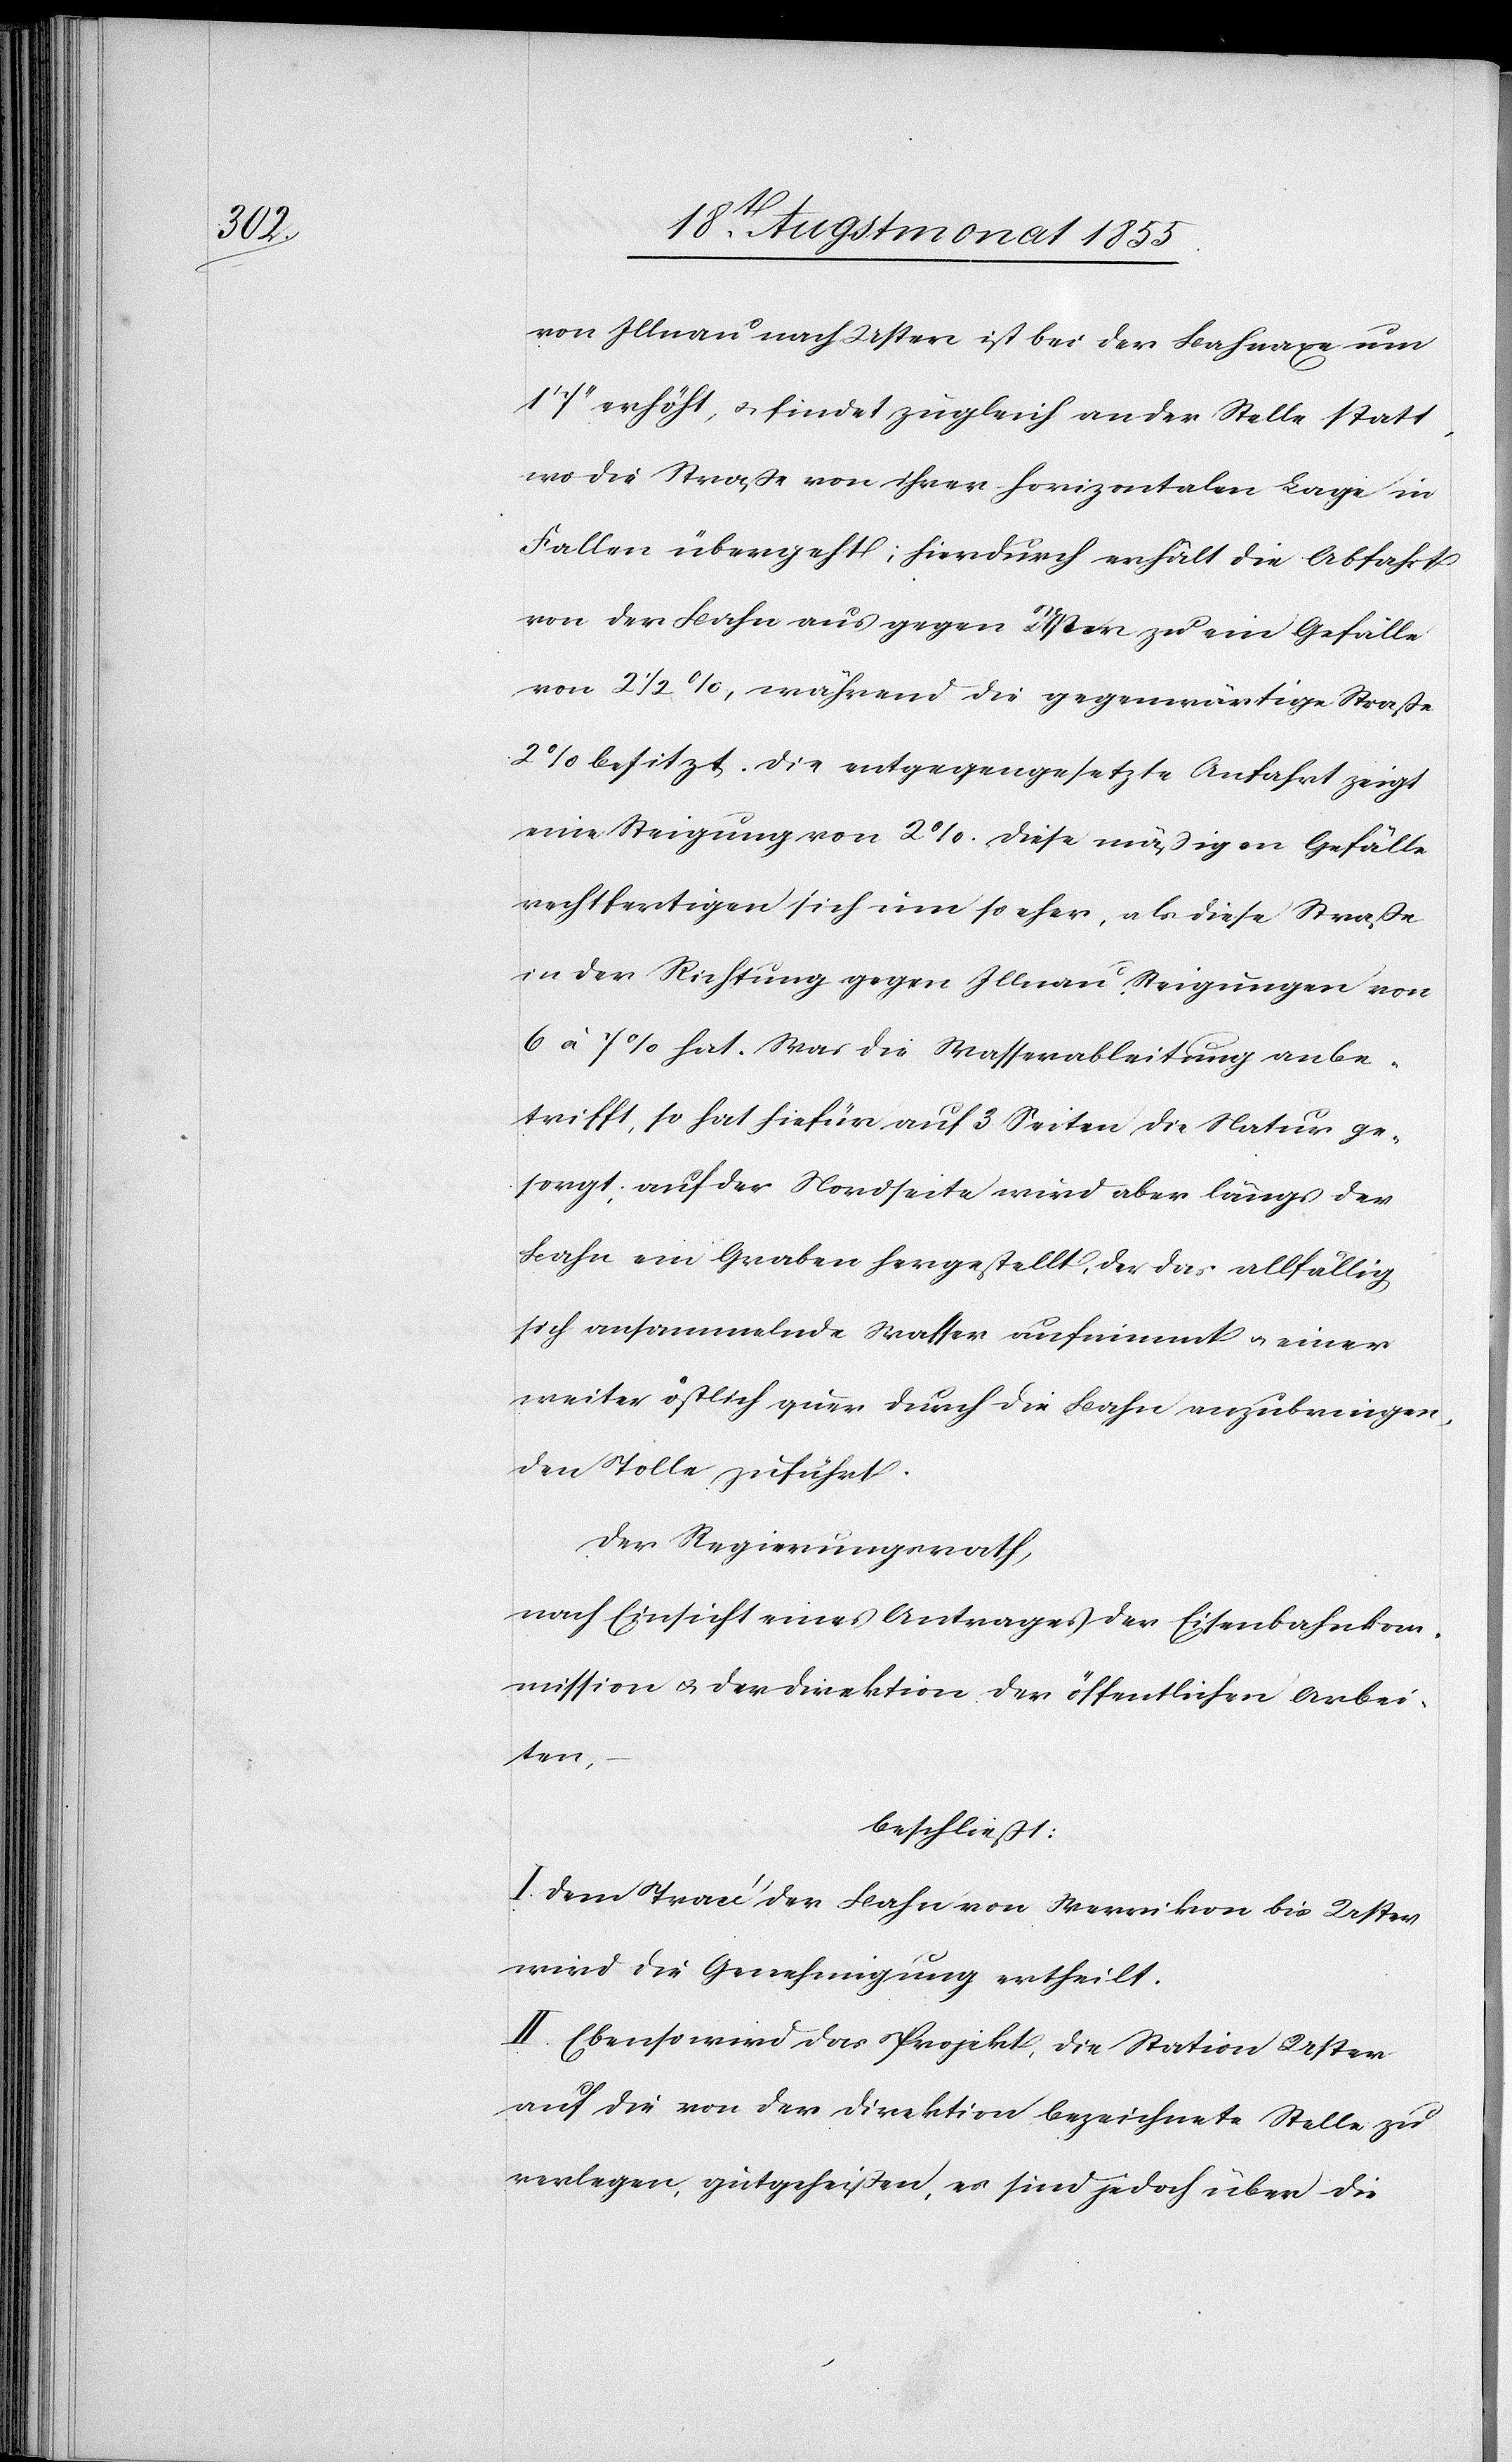
von Illnau nach Uster ist bei der Bahnaxe um
7‘‘ erhöht, & findet zugleich an der Stelle statt,
wo die Straße von ihrer horizontalen Lage in
Fallen übergeht; hierdurch erhält die Abfahrt
von der Bahn aus gegen Uster zu ein Gefälle
von 2 1/2 %, während die gegenwärtige Straße
2% besitzt. Die entgegengesetzte Anfahrt zeigt
eine Steigung von 2%. Diese mäßigen Gefälle
rechtfertigen sich um so eher, als diese Straße
in der Richtung gegen Illnau Steigungen von
6 à 7% hat. Was die Wasserableitung anbe¬
trifft, so hat hiefür auf 3 Seiten die Natur ge¬
sorgt; auf der Nordseite wird aber längs der
Bahn ein Graben hergestellt, der das allfällig
sich ansammelnde Wasser aufnimmt & einer
weiter östlich quer durch die Bahn anzubringen¬
den Tolle zuführt.
Der Regierungsrath,
nach Einsicht eines Antrages der Eisenbahnko¬
mmission & der Direktion der öffentlichen Arbei¬
ten,
beschließt:
I. Dem Tracé der Bahn von Werrikon bis Uster
wird die Genehmigung ertheilt.
II. Ebenso wird das Projekt, die Station Uster
auf die von der Direktion bezeichnete Stelle zu
verlegen, gutgeheißen, es sind jedoch über die